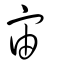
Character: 宙